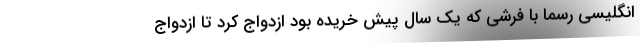
انگلیسی رسماً با فرشی که یک سال پیش خریده بود ازدواج کرد تا ازدواج